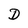
Character: D